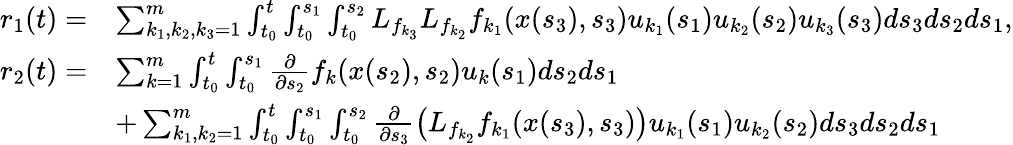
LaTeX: \begin{array}{rl}{r_{1}(t)=}&{\sum_{k_{1},k_{2},k_{3}=1}^{m}\int_{t_{0}}^{t}\int_{t_{0}}^{s_{1}}\int_{t_{0}}^{s_{2}}L_{f_{k_{3}}}L_{f_{k_{2}}}f_{k_{1}}(x(s_{3}),s_{3})u_{k_{1}}(s_{1})u_{k_{2}}(s_{2})u_{k_{3}}(s_{3})ds_{3}ds_{2}ds_{1},}\\ {r_{2}(t)=}&{\sum_{k=1}^{m}\int_{t_{0}}^{t}\int_{t_{0}}^{s_{1}}\frac{\partial}{\partial s_{2}}f_{k}(x(s_{2}),s_{2})u_{k}(s_{1})ds_{2}ds_{1}}\\ &{+\sum_{k_{1},k_{2}=1}^{m}\int_{t_{0}}^{t}\int_{t_{0}}^{s_{1}}\int_{t_{0}}^{s_{2}}\frac{\partial}{\partial s_{3}}\big(L_{f_{k_{2}}}f_{k_{1}}(x(s_{3}),s_{3})\big)u_{k_{1}}(s_{1})u_{k_{2}}(s_{2})ds_{3}ds_{2}ds_{1}}\end{array}